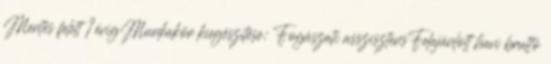
Mentés felett 1 évigMunkakör kiegészítése: Fogászati asszisztensFelajánlott havi bruttó